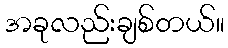
အခုလည်းချစ်တယ်။